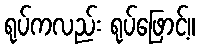
ရုပ်ကလည်း ရုပ်ဖြောင့်။